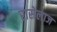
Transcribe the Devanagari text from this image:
रासेलाज